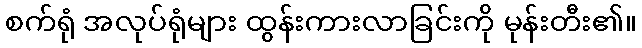
စက်ရုံ အလုပ်ရုံများ ထွန်းကားလာခြင်းကို မုန်းတီး၏။